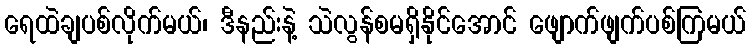
ရေထဲချပစ်လိုက်မယ်၊ ဒီနည်းနဲ့ သဲလွန်စမရှိနိုင်အောင် ဖျောက်ဖျက်ပစ်ကြမယ်